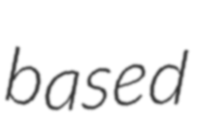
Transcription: based